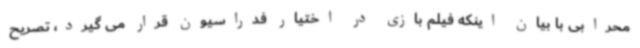
محرابی با بیان اینکه فیلم بازی در اختیار فدراسیون قرار می گیرد، تصریح